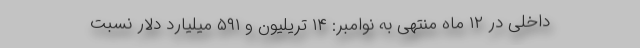
داخلی در ۱۲ ماه منتهی به نوامبر: ۱۴ تریلیون و ۵۹۱ میلیارد دلار نسبت